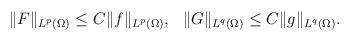
LaTeX: \begin{align*} \Vert F \Vert_{L^p(\Omega)} \le C\Vert f \Vert_{L^p(\Omega)}, \ \ \Vert G \Vert_{L^q(\Omega)} \le C\Vert g \Vert_{L^q(\Omega)}. \end{align*}